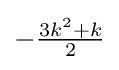
-{\tfrac {3k^{2}+k}{2}}